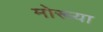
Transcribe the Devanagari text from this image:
मोरूया